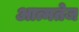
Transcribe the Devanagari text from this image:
आत्मतेज